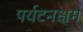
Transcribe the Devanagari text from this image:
पर्यटनक्षम